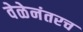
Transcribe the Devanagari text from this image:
वेळेनंतरच